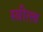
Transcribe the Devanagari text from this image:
स्त्रीत्त्व